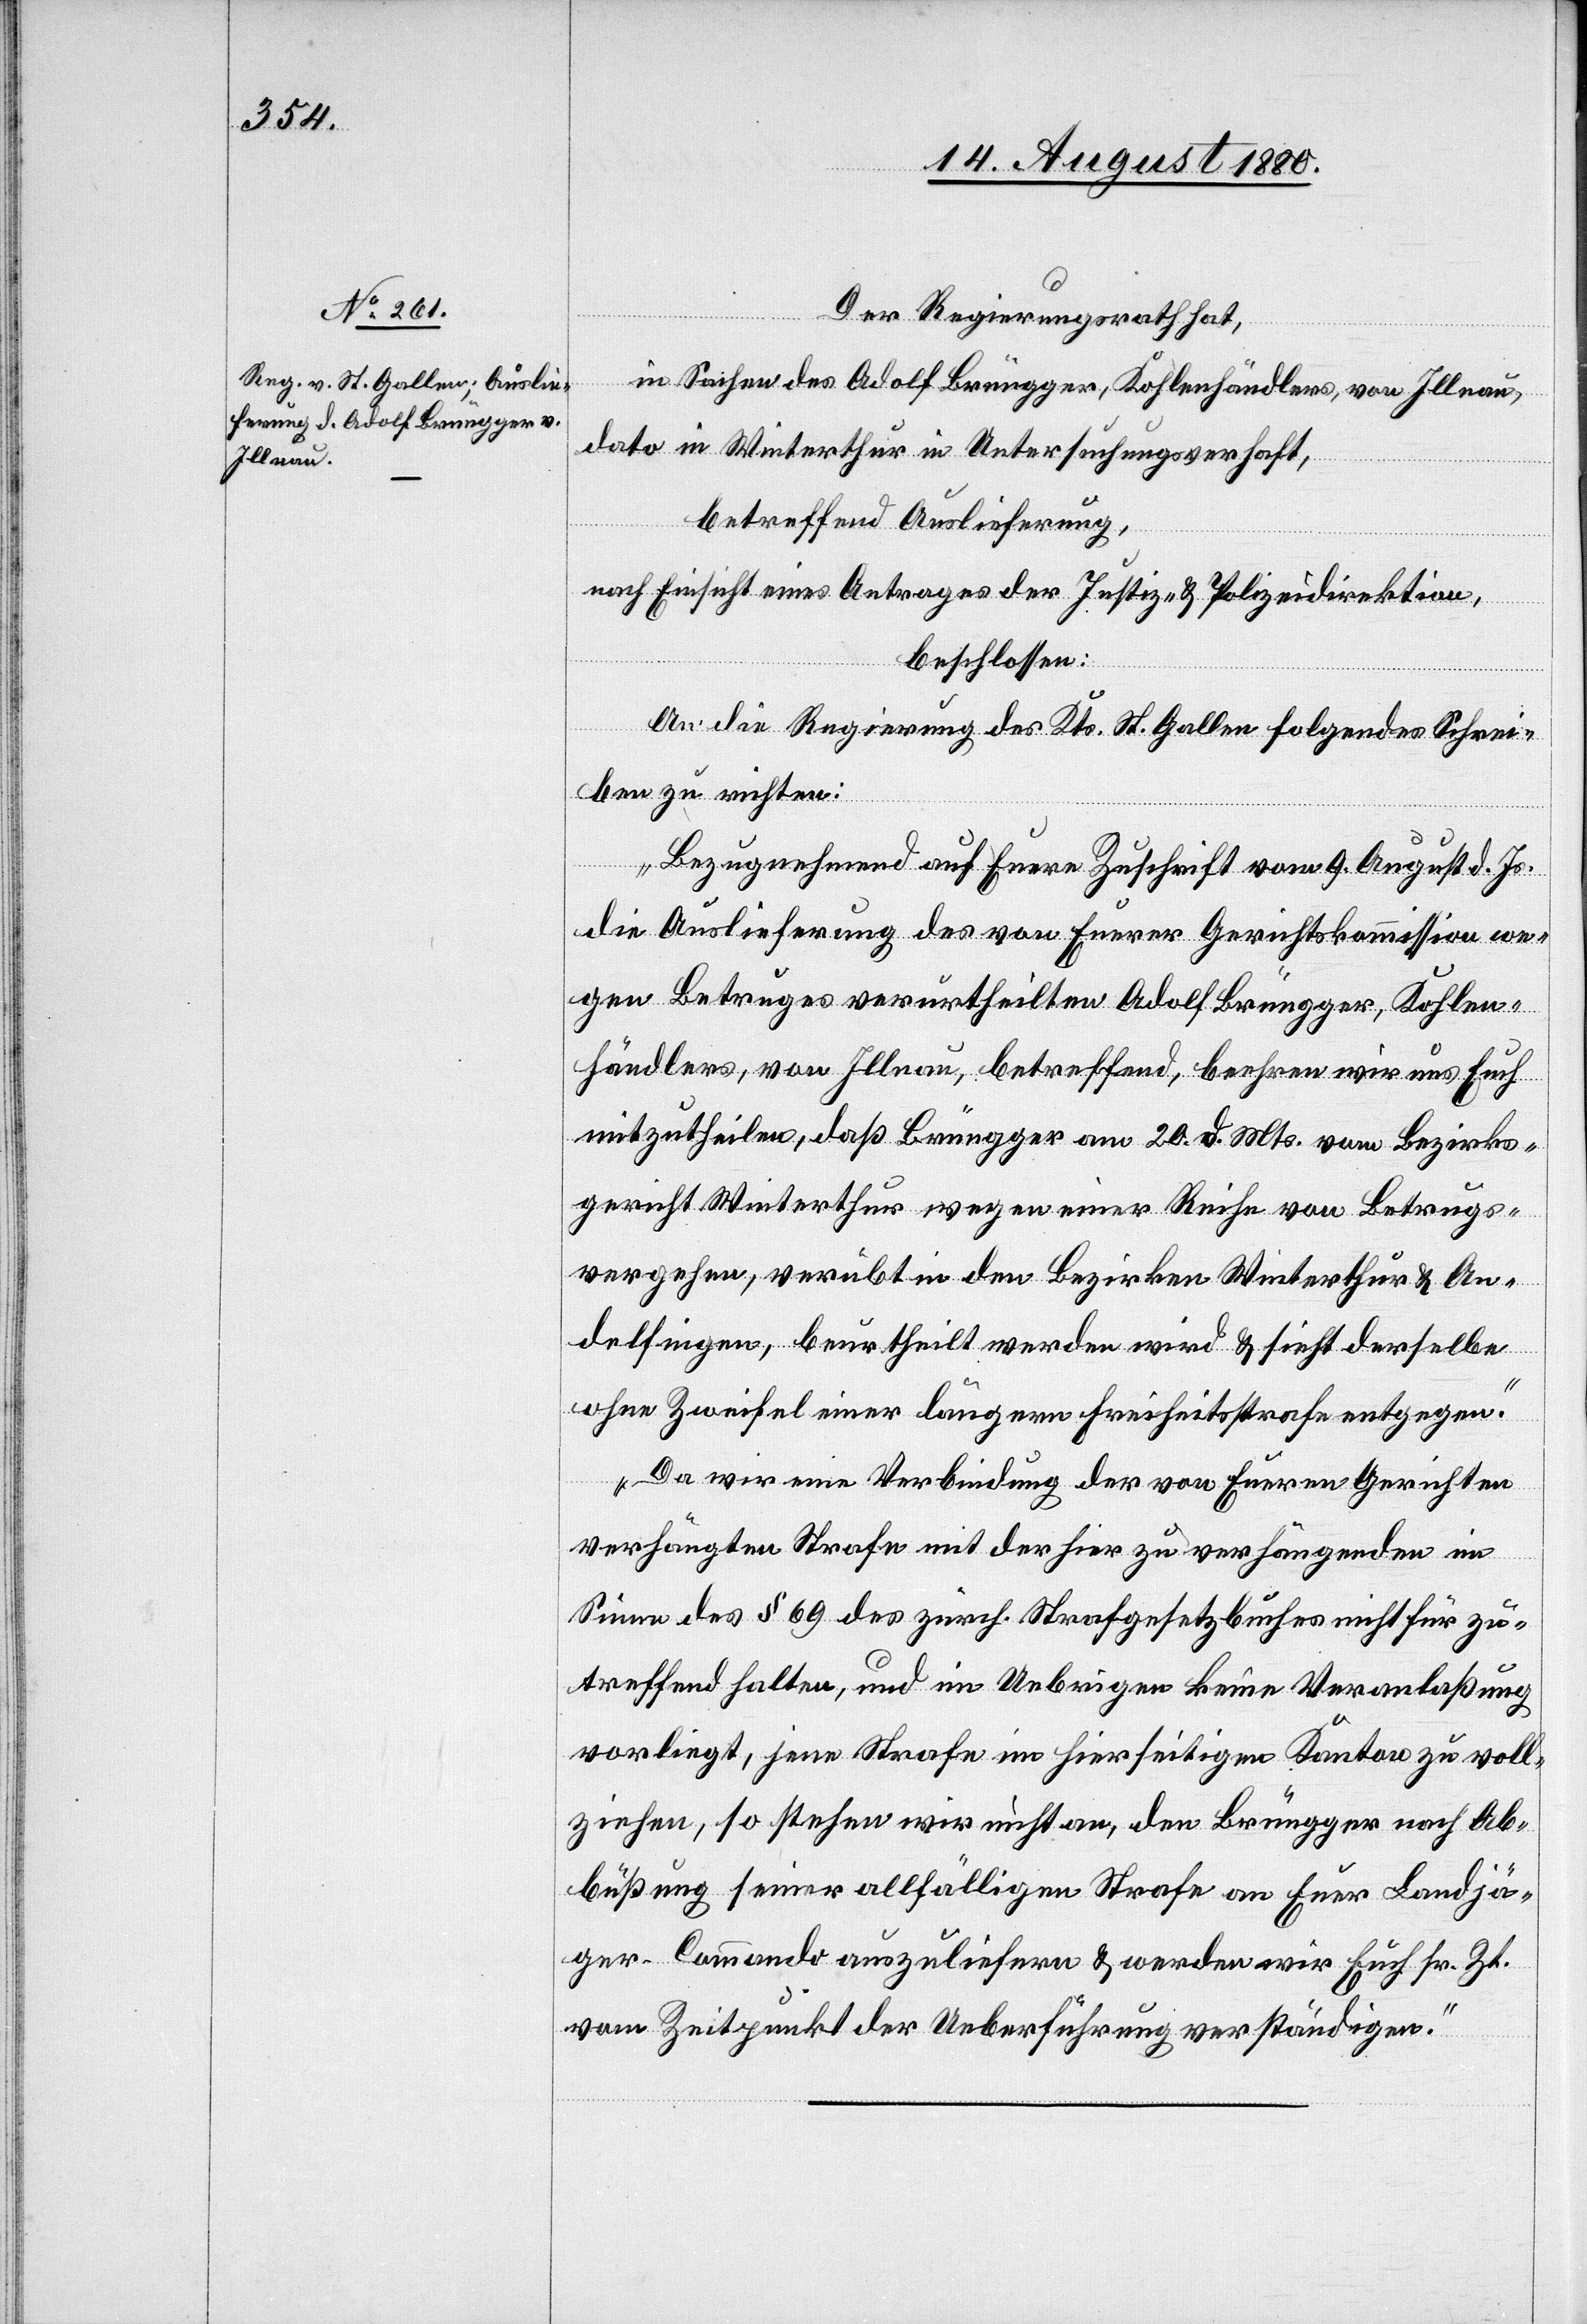
Der Regierungsrath hat,
in Sachen des Adolf Brüngger, Kohlenhändlers, von Illnau,
dato in Winterthur in Untersuchungsverhaft,
betreffend Auslieferung,
nach Einsicht eines Antrages der Justiz- & Polizeidirektion,
beschlossen:
An die Regierung des Kts. St. Gallen folgendes Schrei¬
ben zu richten:
„Bezugnehmend auf Euere Zuschrift vom 9. August d. Js.
die Auslieferung des von Eurer Gerichtskommission we¬
gen Betruges verurtheilten Adolf Brüngger, Kohlen¬
händlers, von Illnau, betreffend, beehren wir uns Euch
mitzutheilen, daß Brüngger am 20 d. Mts. vom Bezirks¬
gericht Winterthur wegen einer Reihe von Betrugs¬
vergehen, verübt in den Bezirken Winterthur & An¬
delfingen, beurtheilt werden wird & sieht derselbe
ohne Zweifel einer längeren Freiheitsstrafe entgegen.
Da wir eine Verbindung der von Eueren Gerichten
verhängten Strafe mit der hier zu verhängenden im
Sinne des § 69 des zürch. Strafgesetzbuches nicht für zu¬
treffend halten, und im Uebrigen keine Veranlaßung
vorliegt, jene Strafe im hierseitigen Kanton zu voll¬
ziehen, so stehen wir nicht an, den Brüngger nach Ab¬
büßung seiner allfälligen Strafe an Euer Landjä¬
ger-Commando auszuliefern & werden wir Euch sr. Zt.
vom Zeitpunkt der Ueberfühung verständigen.“